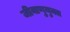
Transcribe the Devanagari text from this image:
जीवाणुयुक्त